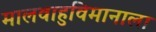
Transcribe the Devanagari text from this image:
मालवाहुविमानाला